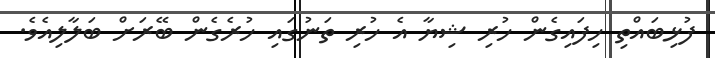
ފުޅިބައްތި ހިފައިގެން ހުރި ޝިޔާ އެ ހުރި ތަނުގަައި ހުރެގެން ބޭރަށް ބަލާލިއެވެ.